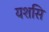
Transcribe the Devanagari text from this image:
यशसि